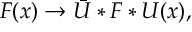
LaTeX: F ( x ) \to \bar { U } * F * U ( x ) ,